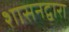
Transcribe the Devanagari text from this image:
शासनद्वारा